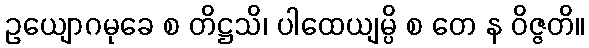
ဥယျောဂမုခေ စ တိဋ္ဌသိ၊ ပါထေယျမ္ပိ စ တေ န ဝိဇ္ဇတိ။